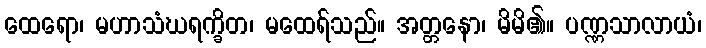
ထေရော၊ မဟာသံဃရက္ခိတ၊ မထေရ်သည်။ အတ္တနော၊ မိမိ၏။ ပဏ္ဏသာလာယံ၊